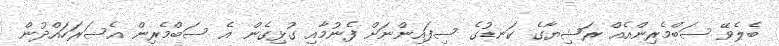
ބެލެވޭ ސަބްމެރިންއެއް ރަޝިޔާގެ ކަނޑުގެ ސިފައިންނަށް ފެނުމާއި ގުޅިގެން އެ ސަބްމެރިން އެސަރަހައްދުން